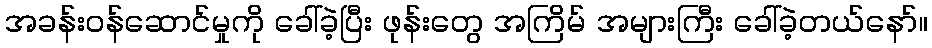
အခန်းဝန်ဆောင်မှုကို ခေါ်ခဲ့ပြီး ဖုန်းတွေ အကြိမ် အများကြီး ခေါ်ခဲ့တယ်နော်။